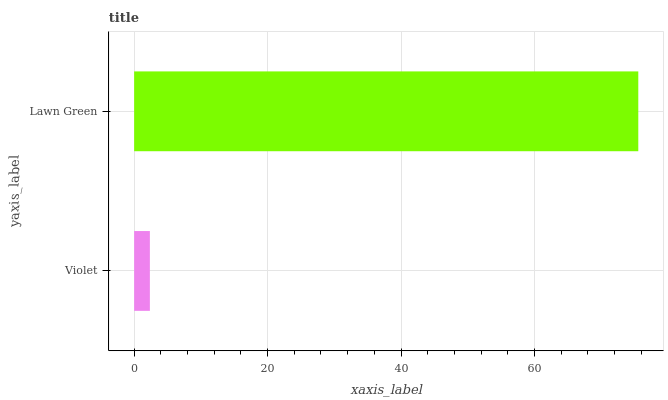
| yaxis_label | bars |
 | --- | --- |
 | Violet | 2.36 |
 | Lawn Green | 75.6 |